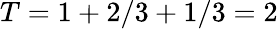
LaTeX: T=1+2/3+1/3=2